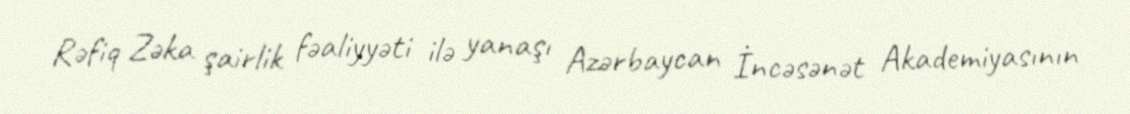
Rəfiq Zəka şairlik fəaliyyəti ilə yanaşı Azərbaycan İncəsənət Akademiyasının